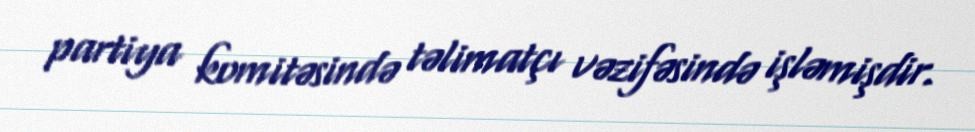
partiya komitəsində təlimatçı vəzifəsində işləmişdir.